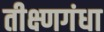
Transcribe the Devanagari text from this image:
तीक्ष्णगंधा